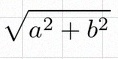
\sqrt{a^2+b^2}